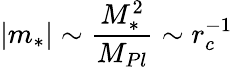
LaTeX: |m_{*}|\sim\frac{M_{*}^{2}}{M_{Pl}}\sim r_{c}^{-1}